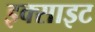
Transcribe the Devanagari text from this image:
इक्साइट